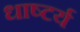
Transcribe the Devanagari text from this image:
धाष्टर्य